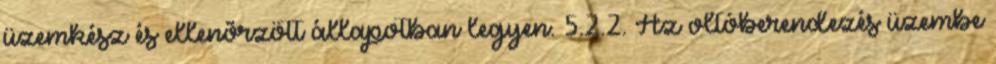
üzemkész és ellenõrzött állapotban legyen. 5.2.2. Az oltóberendezés üzembe